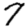
Digit: 7